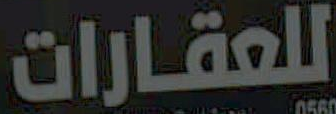
للعقارات